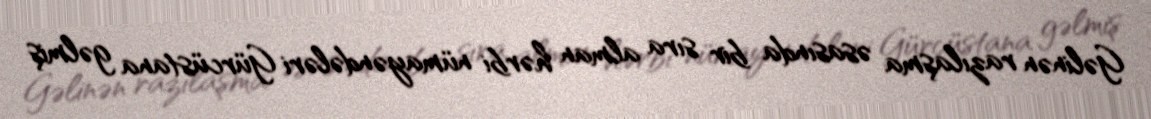
Gəlinən razılaşma əsasında bir sıra alman hərbi nümayəndələri Gürcüstana gəlmiş